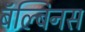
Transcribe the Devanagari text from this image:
बॅल्बिनस